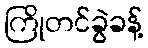
ကြိုတင်ခွဲခန့်